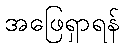
အဖြေရှာရန်